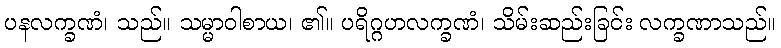
ပနလက္ခဏံ၊ သည်။ သမ္မာဝါစာယ၊ ၏။ ပရိဂ္ဂဟလက္ခဏံ၊ သိမ်းဆည်းခြင်း လက္ခဏာသည်။